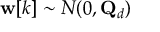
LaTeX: \mathbf { w } [ k ] \sim N ( 0 , \mathbf { Q } _ { d } )